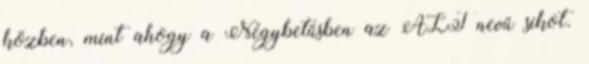
közben, mint ahogy a Négybetűsben az ALT nevű síkot.